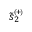
\tilde { s } _ { 2 } ^ { \scriptscriptstyle ( \! + \! ) }